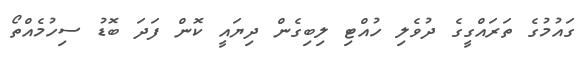
ގައުމުގެ ތަރައްގީގެ ދުވެލި ހުއްޓި ލިބިގެން ދިޔައީ ކޮން ފަދަ ބޮޑު ސިހުމެއްތޯ